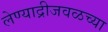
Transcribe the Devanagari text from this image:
लेण्याद्रीजवळच्या